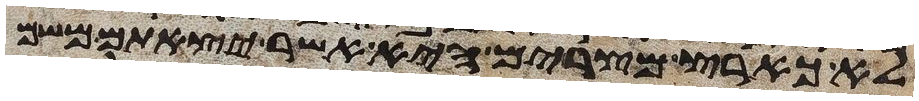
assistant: לא כארץ מצרים היא אשר יצאתם משם